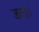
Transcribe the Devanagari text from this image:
जला।